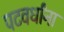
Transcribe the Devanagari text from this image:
पटवर्धांना